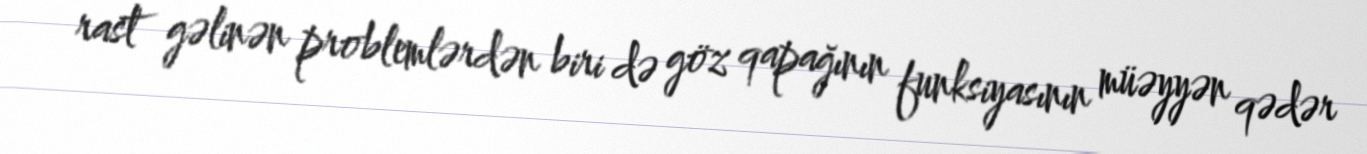
rast gəlinən problemlərdən biri də göz qapağının funksiyasının müəyyən qədər